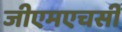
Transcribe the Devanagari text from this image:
जीएमएचसी